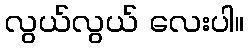
လွယ်လွယ် လေးပါ။